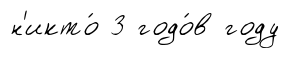
н'икто́ 3 годо́в году